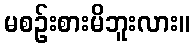
မစဉ်းစားမိဘူးလား။